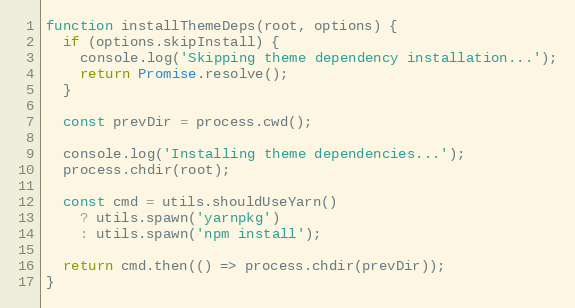
Language: JavaScript
function installThemeDeps(root, options) {
  if (options.skipInstall) {
    console.log('Skipping theme dependency installation...');
    return Promise.resolve();
  }

  const prevDir = process.cwd();

  console.log('Installing theme dependencies...');
  process.chdir(root);

  const cmd = utils.shouldUseYarn()
    ? utils.spawn('yarnpkg')
    : utils.spawn('npm install');

  return cmd.then(() => process.chdir(prevDir));
}